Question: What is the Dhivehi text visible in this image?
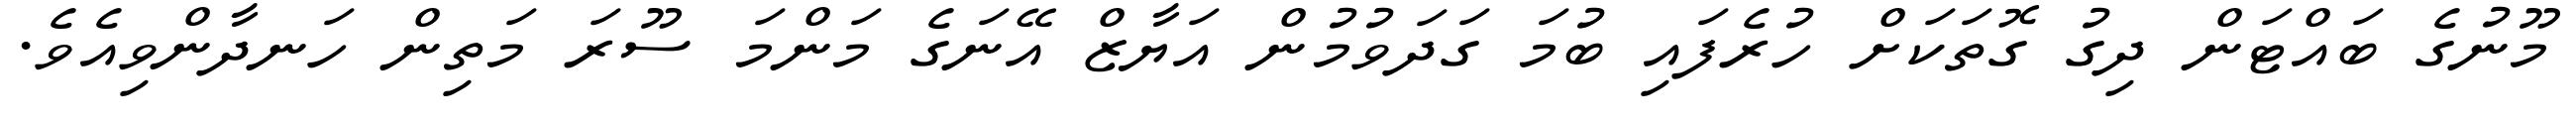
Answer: މޫނުގެ ބައްޓަން ދިގު ގޮތަކަށް ހުރެފައި ބުމަ ގަދަވުމުން އަޔާޒް އޭނަގެ މަންމަ ސޫރަ މަތިން ހަނދާންވިއެވެ.